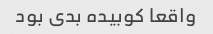
واقعا کوبیده بدی بود